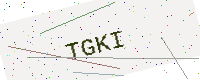
Text: TGKI